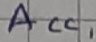
Text: ACC1